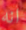
انه